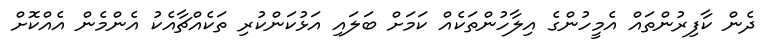
ދެން ކާފިރުންތައް އެމީހުންގެ އިލާހުންތަކެއް ކަމަށް ބަލައި އަޅުކަންކުރި ތަކެއްޗާއެކު އެންމެން އެއްކޮށް